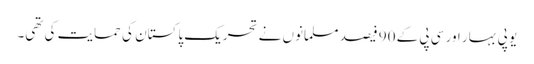
یو پی بہار اور سی پی کے 90 فیصد مسلمانوں نے تحریک پاکستان کی حمایت کی تھی۔